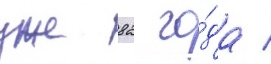
уже 82 го́да /